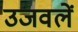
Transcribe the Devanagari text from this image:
उजवलें